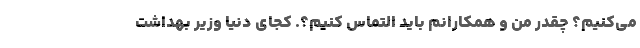
می‌کنیم؟ چقدر من و همکارانم باید التماس کنیم؟. کجای دنیا وزیر بهداشت